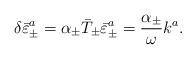
LaTeX: \begin{align*}\delta \bar{\varepsilon}^{a}_\pm = \alpha_{\pm}\bar{T}_{\pm} \bar{\varepsilon}^{a}_\pm = \frac{\alpha_{\pm} }{\omega}k^a.\end{align*}